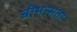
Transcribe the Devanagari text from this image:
बीभत्सता